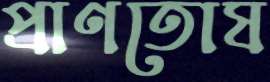
প্রাণতোষ